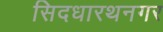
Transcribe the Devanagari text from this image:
सिदधारथनगर